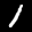
Label: 1